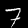
Label: 7